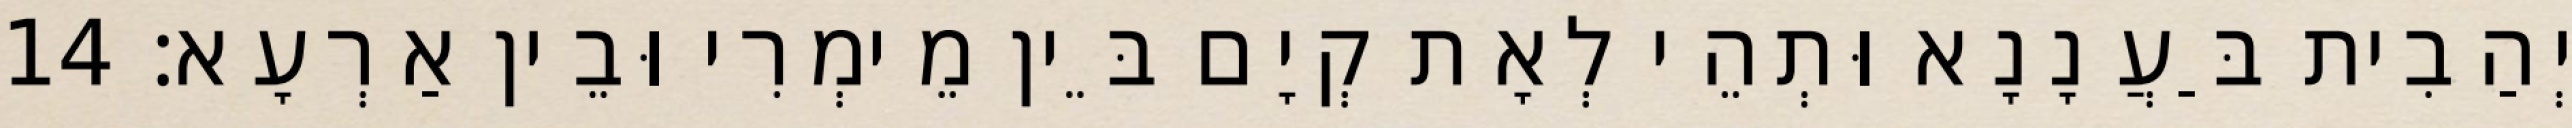
יְהַבִית בַּעֲנָנָא וּתְהֵי לְאָת קְיָם בֵּין מֵימְרִי וּבֵין אַרְעָא׃ 14